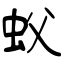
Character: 蚥